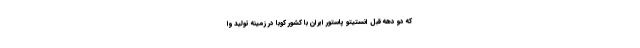
که دو دهه قبل انستیتو پاستور ایران با کشور کوبا در زمینه تولید وا